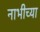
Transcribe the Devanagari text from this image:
नाभीच्या